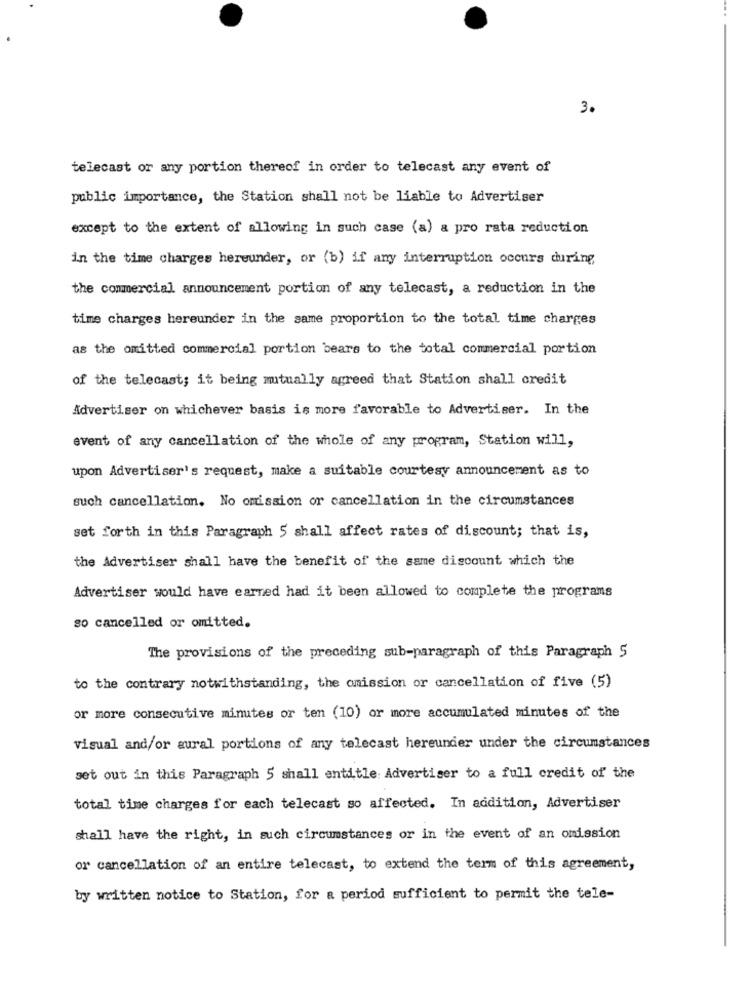
3.
telecast or any portion thereof in order to telecast any event of
public importance, the Station shall not be liable to Advertiser
except to the extent of allowing in such case (a) a pro rata reduction
in the time charges hereunder, or (b) if any interruption occurs during
the commercial announcement portion of any telecast, a reduction in the
time charges hereunder in the same proportion to the total time charges
as the omitted commercial portion bears to the total commercial portion
of the telecast; it being mutually agreed that Station shall credit
Advertiser on whichever basis is more favorable to Advertiser. In the
event of any cancellation of the whole of any program, Station will,
upon Advertiser's request, make a suitable courtesy announcement as to
such cancellation. No omission or cancellation in the circumstances
set forth in this Paragraph 5 shall affect rates of discount; that is,
the Advertiser shall have the benefit of the same discount which the
Advertiser would have earned had it been allowed to complete the programs
so cancelled or omitted.
The provisions of the preceding sub-paragraph of this Paragraph 5
to the contrary notwithstanding, the omission or cancellation of five (5)
or more consecutive minutes or ten (10) or more accumulated minutes of the
visual and/or aural portions of any telecast hereunder under the circumstances
set out in this Paragraph 5 shall entitle: Advertiser to a full credit of the
total time charges for each telecast so affected. In addition, Advertiser
shall have the right, in such circumstances or in the event of an omission
or cancellation of an entire telecast, to extend the term of this agreement,
by written notice to Station, for a period sufficient to permit the tele-